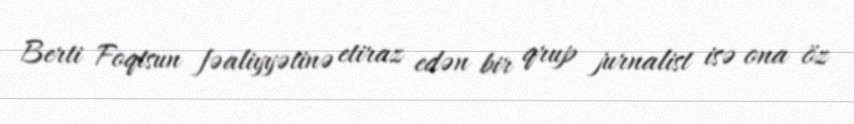
Berti Foqtsun fəaliyyətinə etiraz edən bir qrup jurnalist isə ona öz